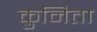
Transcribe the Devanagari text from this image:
कुनिता